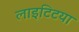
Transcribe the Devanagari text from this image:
लाइटिटया